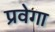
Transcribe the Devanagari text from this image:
प्रवेगा